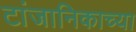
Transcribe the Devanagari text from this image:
टांजानिकाच्या